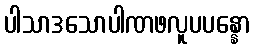
ပါသာဒသောပါဏဖလူပပန္နော